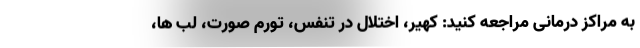
به مراکز درمانی مراجعه کنید: کهیر، اختلال در تنفس، تورم صورت، لب ها،